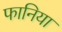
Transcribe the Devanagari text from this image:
फानिया